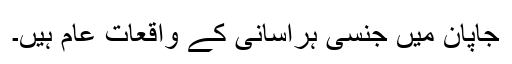
جاپان میں جنسی ہراسانی کے واقعات عام ہیں۔